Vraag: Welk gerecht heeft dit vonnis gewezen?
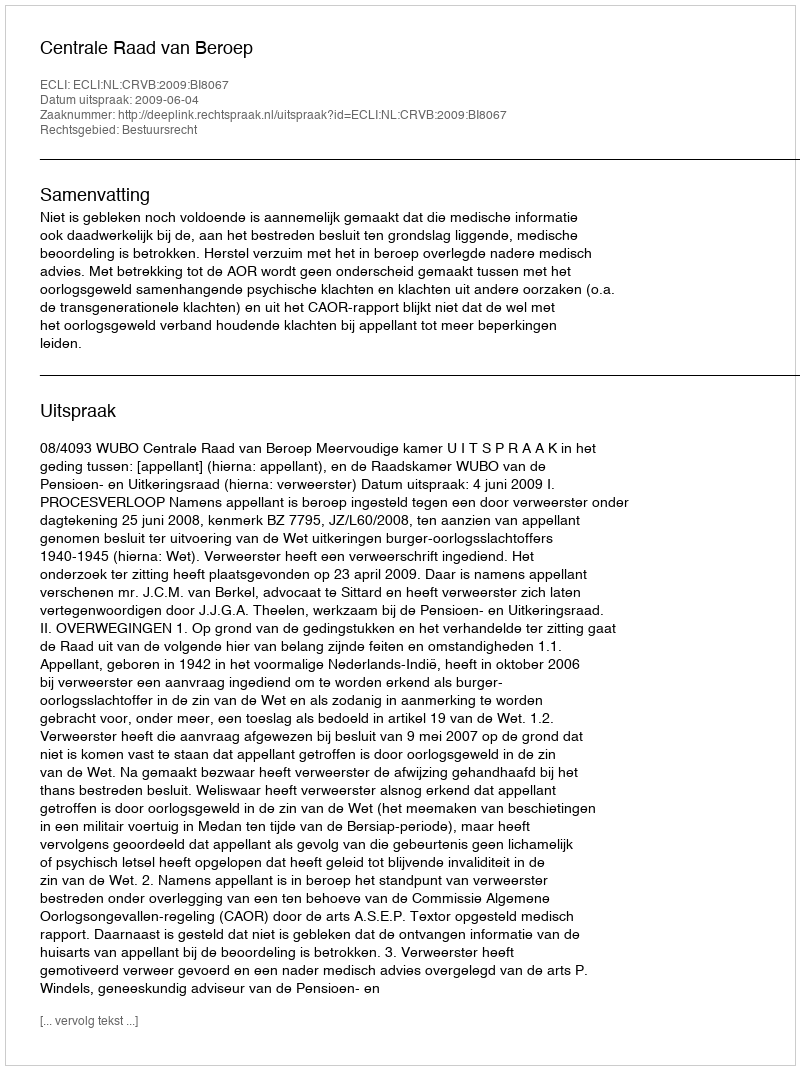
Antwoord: Centrale Raad van Beroep